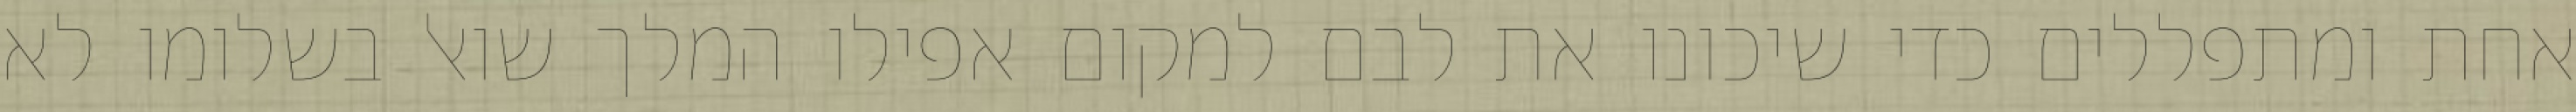
אחת ומתפללים כדי שיכונו את לבם למקום אפילו המלך שואל בשלומו לא